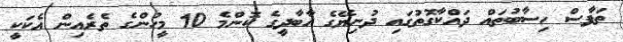
ތަފާސް ހިސާބުތައް ދައްކާގޮތުގައި ދުނިޔޭގެ އާބާދީގެ ކޮންމެ 10 މީހުންގެ ތެރެއިން އެކަކީ